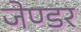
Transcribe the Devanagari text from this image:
जेण्डर